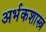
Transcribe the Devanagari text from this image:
अर्भकशास्त्र